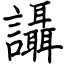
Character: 讘